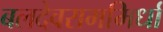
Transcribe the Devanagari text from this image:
बलदेवराममिर्धा